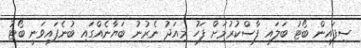
ސިފައިން ބޯޓު ބަލައި ފާސްކުރުމަށް ފަހު މިއަދު ނެރުނު ބަޔާނެއްގައި ބުނެފައިވަނީ ބޯޓު